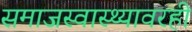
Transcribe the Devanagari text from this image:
समाजस्वास्थ्यावरही